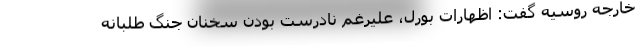
خارجه روسیه گفت: اظهارات بورل، علیرغم نادرست بودن سخنان جنگ طلبانه